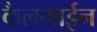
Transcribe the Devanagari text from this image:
कैलमाईन